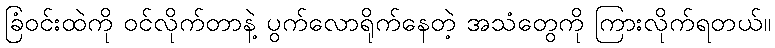
ခြံဝင်းထဲကို ဝင်လိုက်တာနဲ့ ပွက်လောရိုက်နေတဲ့ အသံတွေကို ကြားလိုက်ရတယ်။